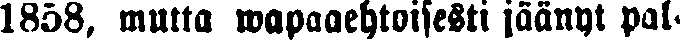
1858, mutta wapaaehtoisesti jäänyt pal-